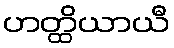
ဟတ္ထိယာယီ